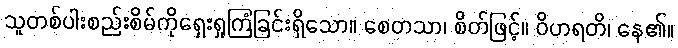
သူတစ်ပါးစည်းစိမ်ကိုရှေးရှုကြံခြင်းရှိသော။ စေတသာ၊ စိတ်ဖြင့်။ ဝိဟရတိ၊ နေ၏။